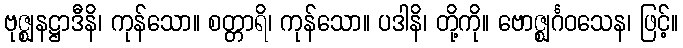
ဗုဇ္ဈနဋ္ဌာဒီနိ၊ ကုန်သော။ စတ္တာရိ၊ ကုန်သော။ ပဒါနိ၊ တို့ကို။ ဗောဇ္ဈင်္ဂဝသေန၊ ဖြင့်။